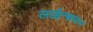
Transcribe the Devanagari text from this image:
लाईन्समन